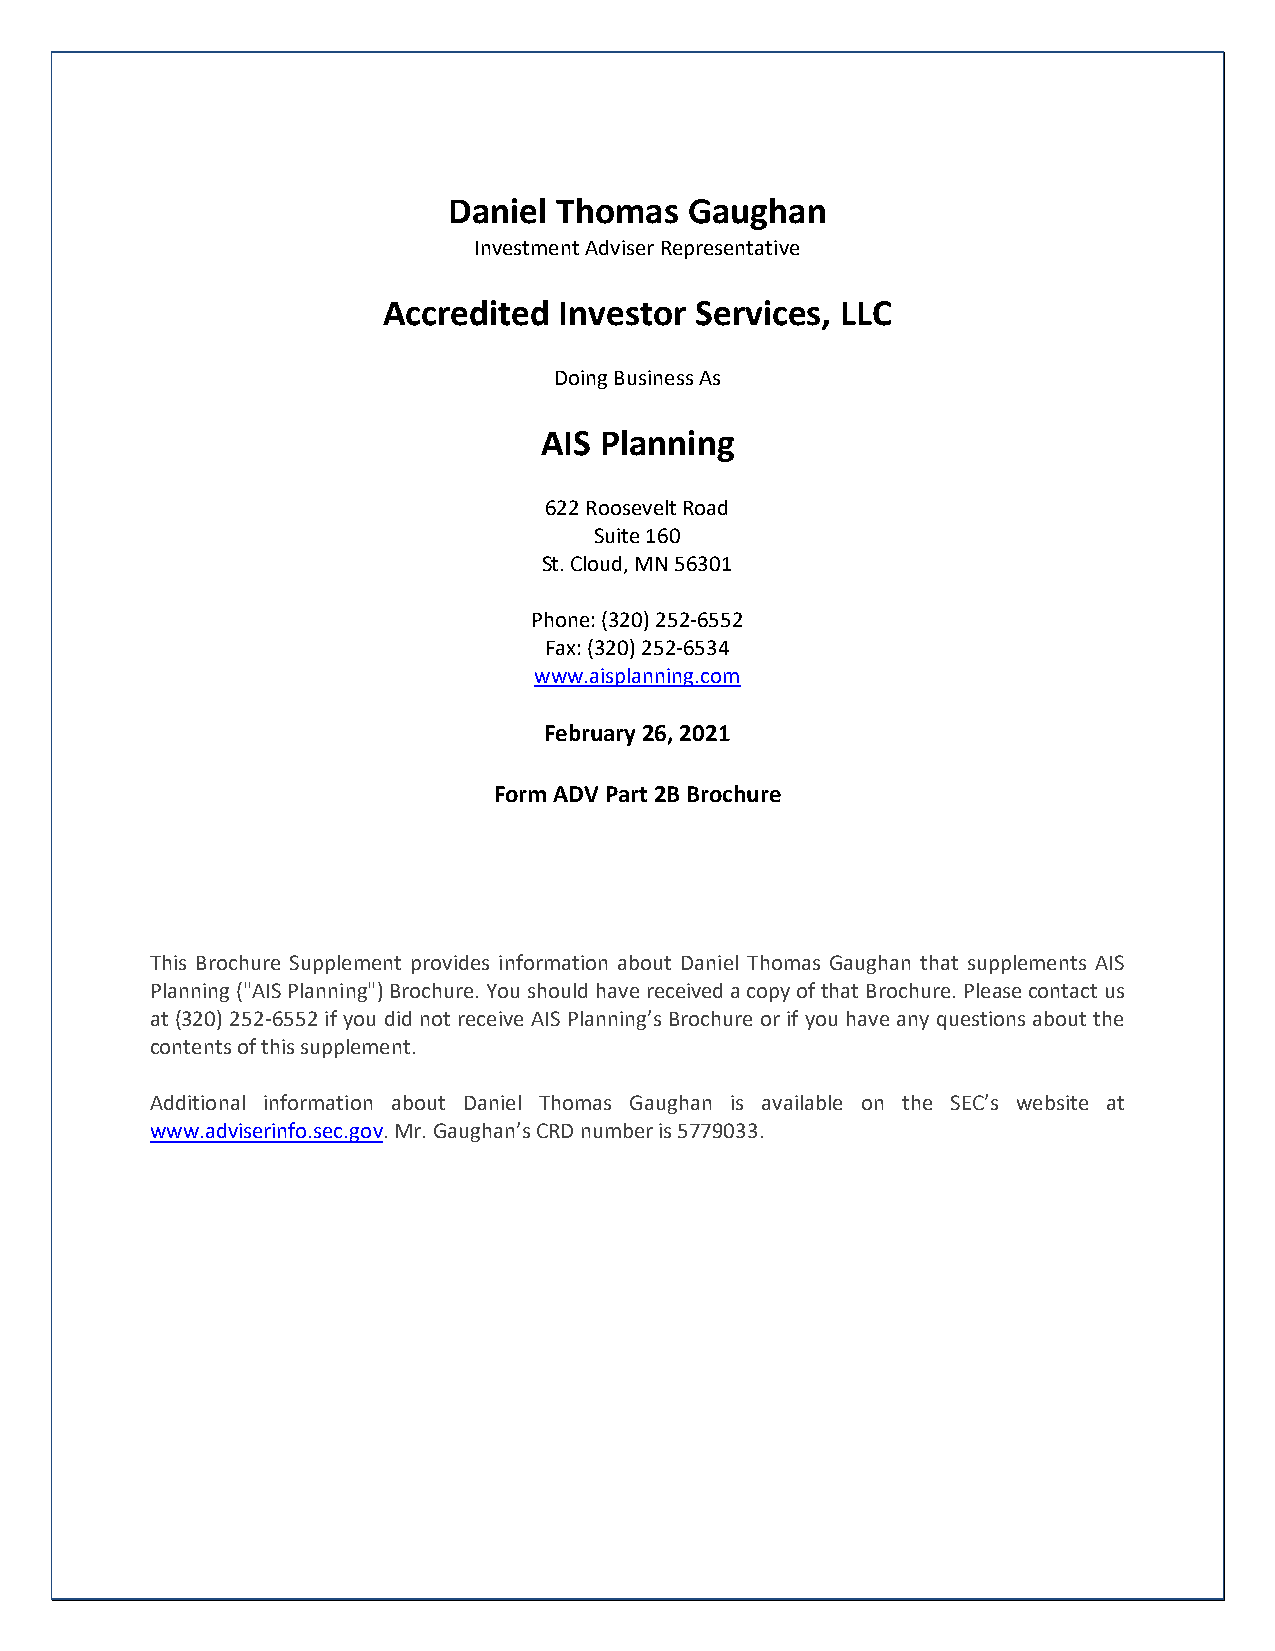
Daniel Thomas   Gaughan
 Investment Adviser Representative
 Accredited  Investor Services, LLC
 Doing Business As
 AIS Planning
 622 Roosevelt Road
 Suite 160
 St. Cloud, MN 56301
 Phone: (320) 252-6552
 Fax: (320) 252-6534
 www.aisplanning.com
 February 26, 2021
 Form ADV Part 2B Brochure
 This Brochure Supplement provides information about Daniel Thomas Gaughan that supplements AIS
 Planning ("AIS Planning") Brochure. You should have received a copy of that Brochure. Please contact us
 at (320) 252-6552 if you did not receive AIS Planning’s Brochure or if you have any questions about the
 contents of this supplement.
 Additional information about Daniel Thomas Gaughan is available on the SEC’s website at
 www.adviserinfo.sec.gov. Mr. Gaughan’s CRD number is 5779033.